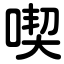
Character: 喫